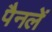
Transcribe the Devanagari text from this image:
पैनलें